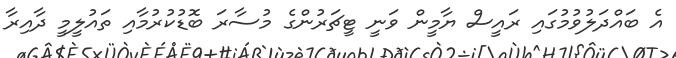
އެ ބައްދަލުވުމުގައި ރައީސް ޔާމީން ވަނީ ޓީޗަރުންގެ މުސާރަ ބޮޑުކުރުމާއި ތައުލީމީ ދާއިރާ